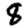
Digit: 8